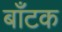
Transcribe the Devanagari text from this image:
बाँटक